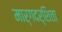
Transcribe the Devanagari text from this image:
मार्गदर्शिता